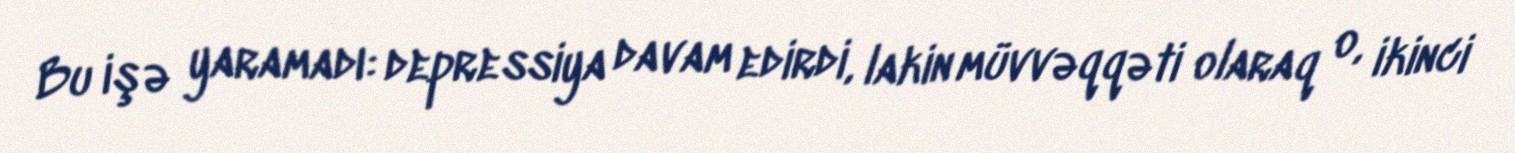
Bu işə yaramadı: depressiya davam edirdi, lakin müvvəqqəti olaraq o, ikinci